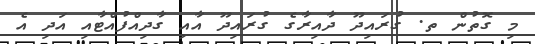
މި ގޮތުން ތ. ގުރައިދޫ ދާއިރާގެ ގުރައިދޫ އާއި ގާދިއްފުއްޓާއި އަދި އެ